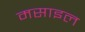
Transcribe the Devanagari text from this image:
मसाइल